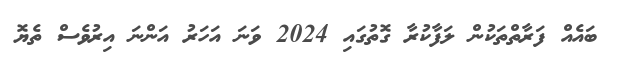
ބައެއް ފަރާތްތަކުން ލަފާކުރާ ގޮތުގައި 2024 ވަނަ އަހަރު އަންނަ އިރުވެސް ތެޔޮ